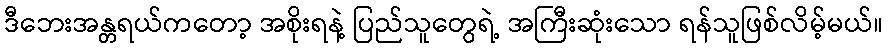
ဒီဘေးအန္တရယ်ကတော့ အစိုးရနဲ့ ပြည်သူတွေရဲ့ အကြီးဆုံးသော ရန်သူဖြစ်လိမ့်မယ်။